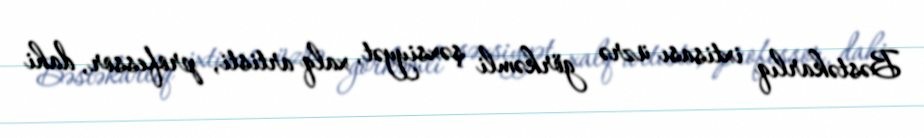
Bəstəkarlıq ixtisası üzrə görkəmli şəxsiyyət, xalq artisti, professor, dahi